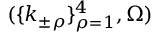
( \{ k _ { \pm \rho } \} _ { \rho = 1 } ^ { 4 } , \Omega )